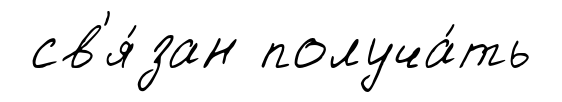
св'я́зан получа́ть